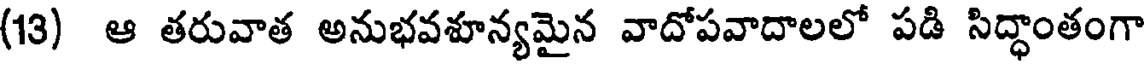
(13) ఆ తరువాత అనుభవశూన్యమైన వాదోపవాదాలలో పడి సిద్ధాంతంగా